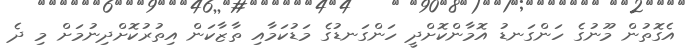
އެގޮތުން މޫނުގެ ހަންގަނޑު އޮމާންކޮށްދީ ހަންގަނޑުގެ މަޑުކަމާއި ތާޒާކަން އިތުރުކޮށްދިނުމަށް މި ދެ